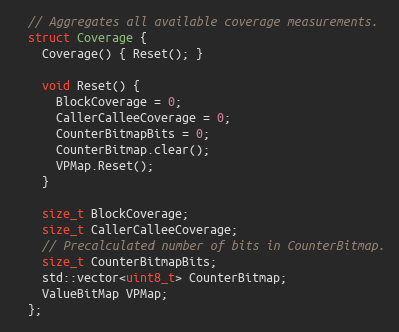
Language: C
  // Aggregates all available coverage measurements.
  struct Coverage {
    Coverage() { Reset(); }

    void Reset() {
      BlockCoverage = 0;
      CallerCalleeCoverage = 0;
      CounterBitmapBits = 0;
      CounterBitmap.clear();
      VPMap.Reset();
    }

    size_t BlockCoverage;
    size_t CallerCalleeCoverage;
    // Precalculated number of bits in CounterBitmap.
    size_t CounterBitmapBits;
    std::vector<uint8_t> CounterBitmap;
    ValueBitMap VPMap;
  };